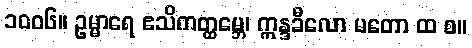
၁၀၀၆။ ဥမ္မာရေ ဧသိကတ္ထမ္ဘေ၊ ဣန္ဒခီလော မတော ထ စ။